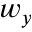
w _ { y }